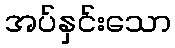
အပ်နှင်းသော